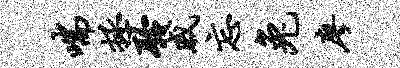
喘拯聆戚忘兔廖